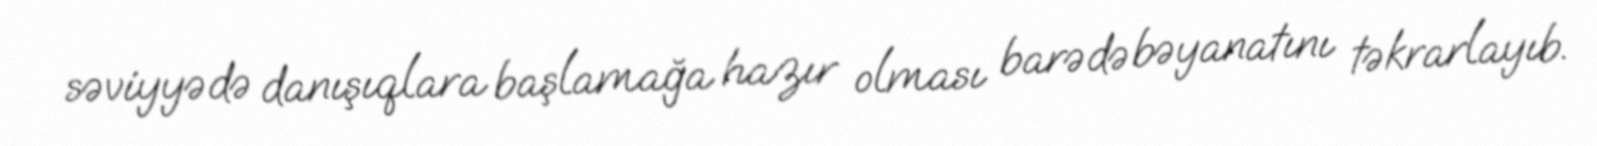
səviyyədə danışıqlara başlamağa hazır olması barədə bəyanatını təkrarlayıb.